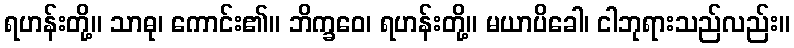
ရဟန်းတို့။ သာဓု၊ ကောင်း၏။ ဘိက္ခဝေ၊ ရဟန်းတို့။ မယာပိခေါ၊ ငါဘုရားသည်လည်း။